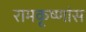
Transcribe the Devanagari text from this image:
रामकृष्णांस